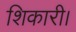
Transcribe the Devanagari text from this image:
शिकारी।